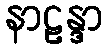
နာဠန္ဒာ